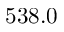
5 3 8 . 0